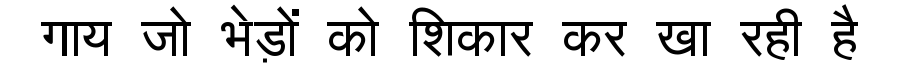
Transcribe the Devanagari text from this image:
गाय जो भेड़ों को शिकार कर खा रही है